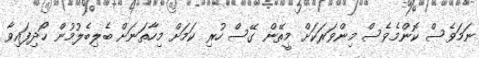
ނަމަވެސް ކޮންމެވެސް މިންވަރަކަށް މީތޭން ގޭސް ހުރި ކަމަށް މިހާތަނަށް ބެލިބެލުމުން ހޯދިފައިވާ